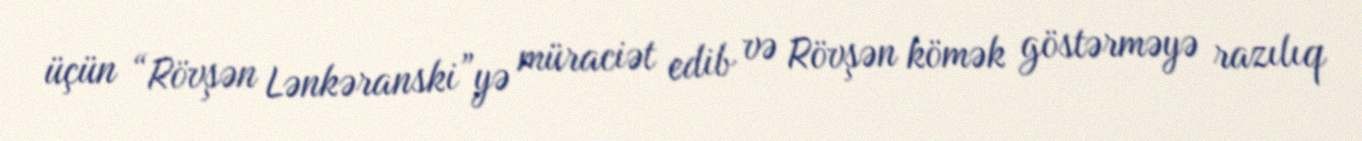
üçün “Rövşən Lənkəranski”yə müraciət edib və Rövşən kömək göstərməyə razılıq